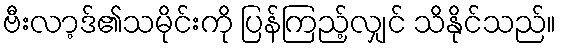
ဗီးလာ့ဒ်၏သမိုင်းကို ပြန်ကြည့်လျှင် သိနိုင်သည်။